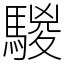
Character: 騣